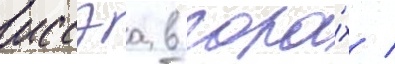
иссэа в гора́х /